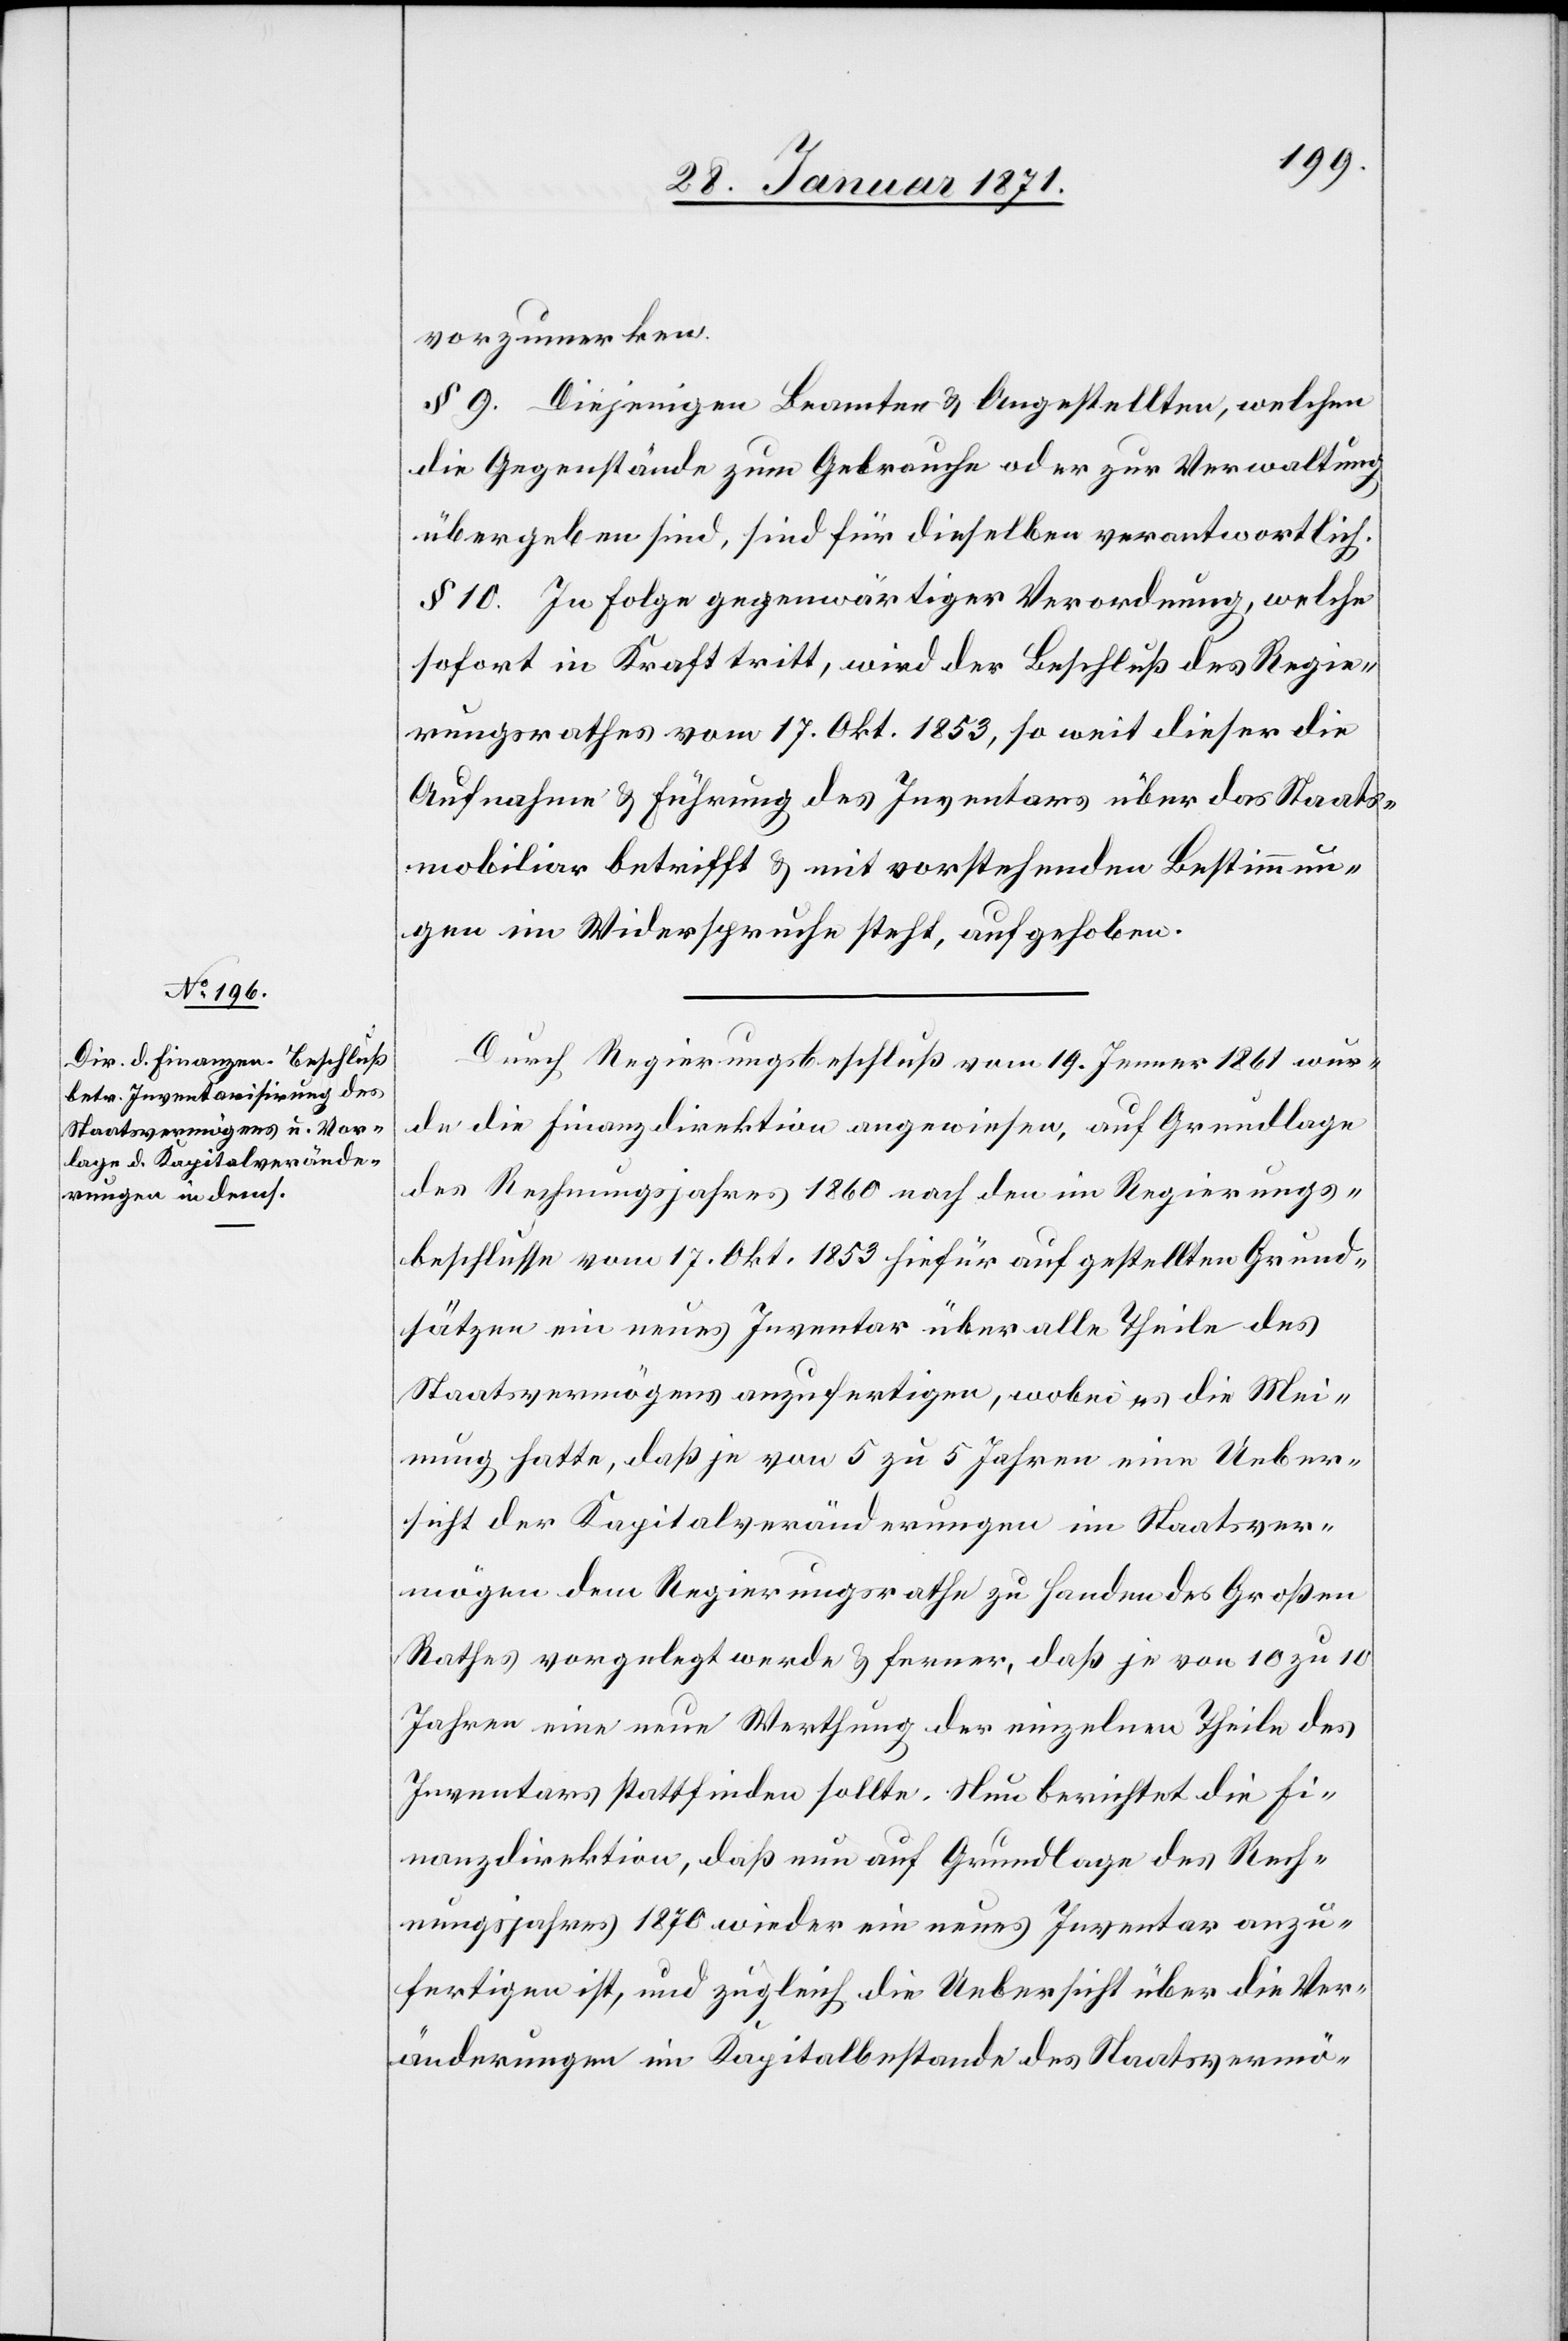
vorzumerken.
§ 9. Diejenigen Beamten u. Angestellten, welchen
die Gegenstände zum Gebrauche oder zur Verwaltung
übergeben sind, sind für dieselben verantwortlich.
§ 10. In Folge gegenwärtiger Verordnung, welche
sofort in Kraft tritt, wird der Beschluß des Regie¬
rungsrathes vom 17. Okt. 1853, so weit dieser die
Aufnahme u. Führung des Inventars über das Staats¬
mobiliar betrifft u. mit vorstehenden Bestimmun¬
gen im Widerspruche steht, aufgehoben.
Durch Regierungsbeschluß vom 19. Jenner 1861 wur¬
de die Finanzdirektion angewiesen, auf Grundlage
des Rechnungsjahres 1860 nach den im Regierungs¬
beschlusse vom 17. Okt. 1853 hiefür auf gestellten Grund¬
sätzen ein neues Inventar über alle Theile des
Staatsvermögens anzufertigen, wobei es die Mei¬
nung hatte, daß je von 5 zu 5 Jahren eine Ueber¬
sicht der Kapitalveränderungen im Staatsver¬
mögen dem Regierungsrathe zu Handen des Großen
Rathes vorgelegt werde u. ferner, daß je von 10 zu 10
Jahren eine neue Werthung der einzelnen Theile des
Inventars stattfinden sollte. Neu berichtet die Fi¬
nanzdirektion, daß nun auf Grundlage des Rech¬
nungsjahres 1870 wieder ein neues Inventar anzu¬
fertigen ist, und zugleich die Uebersicht über die Ver¬
änderungen im Kapitalbestande des Staatsvermö-